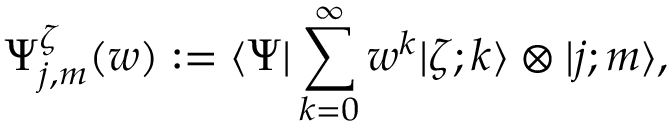
\Psi _ { j , m } ^ { \zeta } ( w ) : = \langle \Psi \vert \sum _ { k = 0 } ^ { \infty } w ^ { k } \vert \zeta ; k \rangle \otimes \vert j ; m \rangle ,